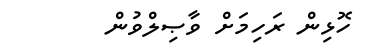
ހޮޅިން ރަހިމަށް ވާޞިލްވުން